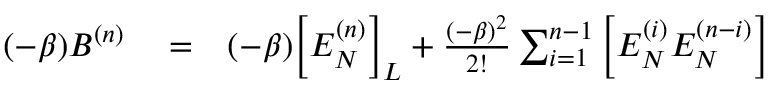
\begin{array} { r l r } { ( - \beta ) B ^ { ( n ) } } & { { } = } & { ( - \beta ) \Big [ E _ { N } ^ { ( n ) } \Big ] _ { L } + \frac { ( - \beta ) ^ { 2 } } { 2 ! } \sum _ { i = 1 } ^ { n - 1 } \Big [ E _ { N } ^ { ( i ) } E _ { N } ^ { ( n - i ) } \Big ] } \end{array}